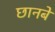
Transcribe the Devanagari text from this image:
छानबे